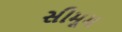
સીમૂમ